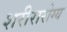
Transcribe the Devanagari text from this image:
शरीरारोग्य